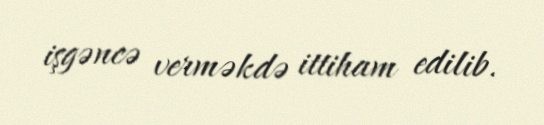
işgəncə verməkdə ittiham edilib.